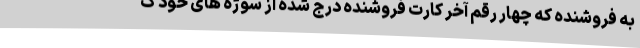
به فروشنده که چهار رقم آخر کارت فروشنده درج شده از سوژه های خود ک